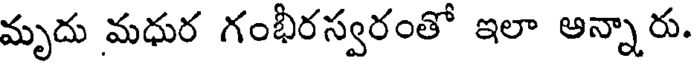
మృదు మధుర గంభీరస్వరంతో ఇలా ఆన్నారు.